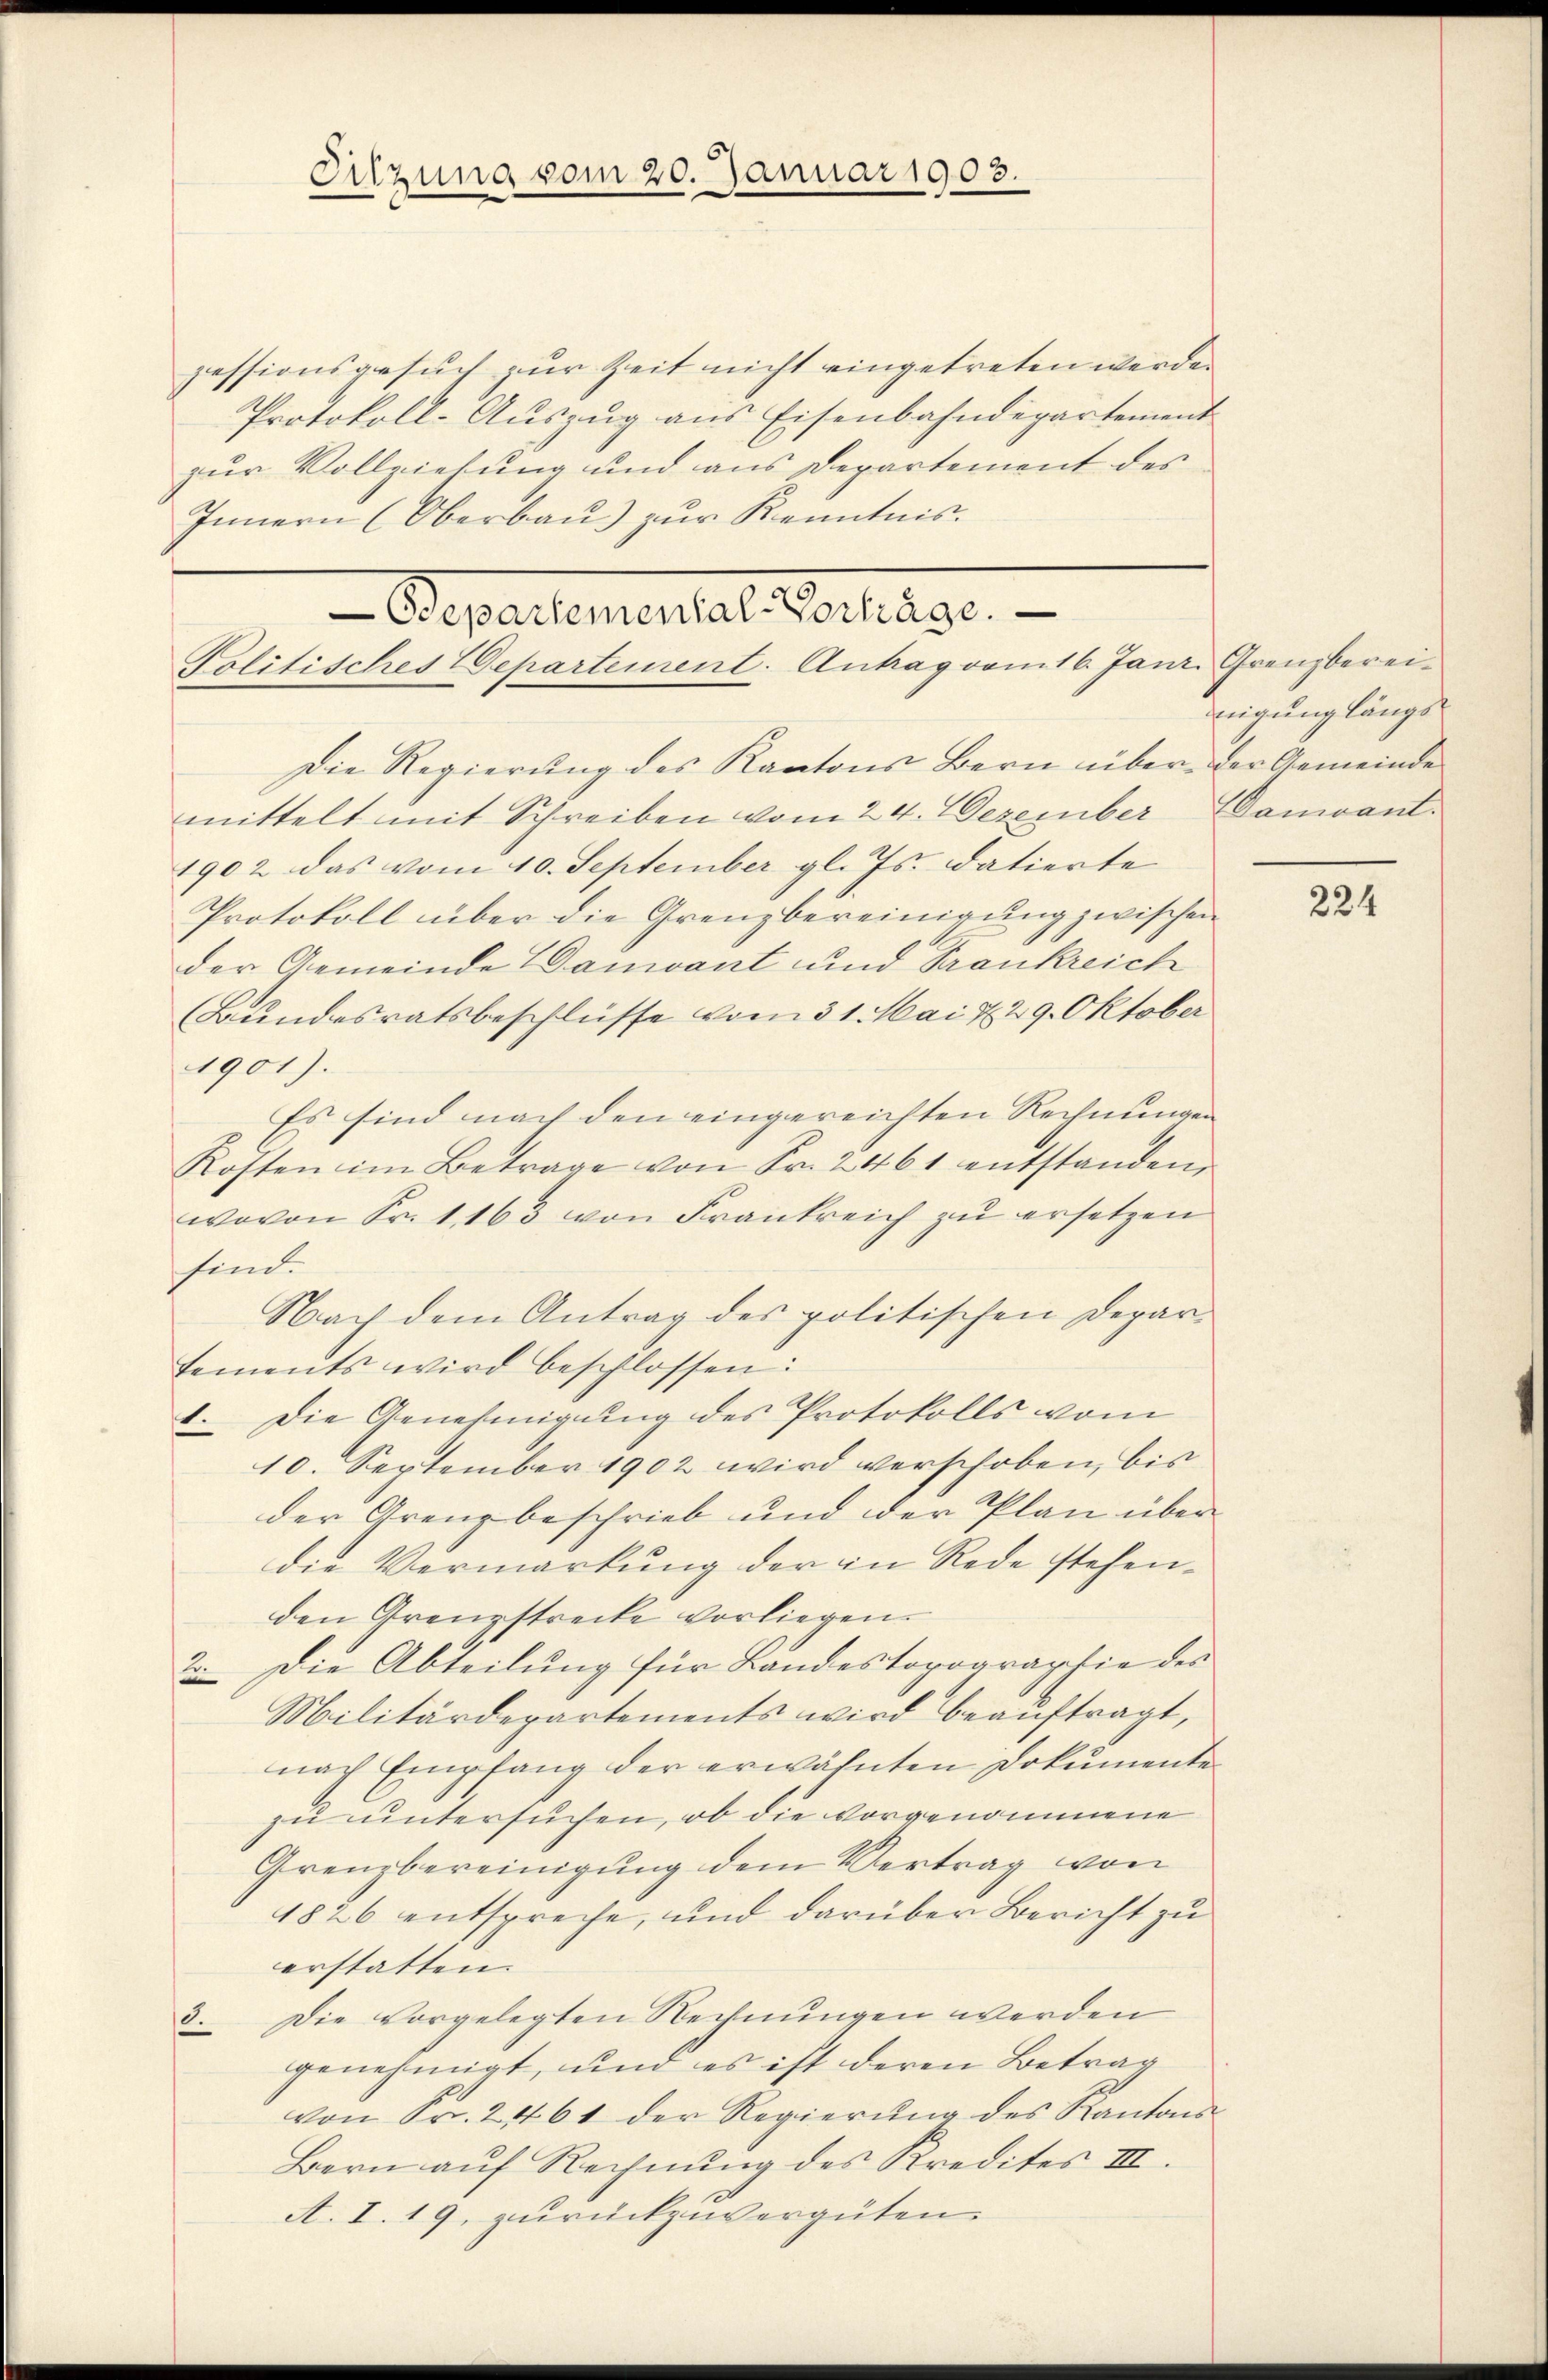
Sitzung vom 20. Januar 1903.

-Departementar Borlage.
Politisches Departement. Antrag vom 16. Janz Grenzberei¬

pessionsgesuch zur Zeit nicht eingetreten werde.
Protokoll-Aŭszŭg ans Eisenbahndepartement
zur Vollziehung und aus Departement des
Innern (Oberbau) zur Kenntnis.
Die Regierung des Kantons Bern über der Gemeinde
mittelt mit Schreiben vom 24. Dezember Danant.
1902 das vom 10. September gl. Js. datierte
Protokoll über die Grenzbereinigung zwischen
der Gemeinde Damiant und Trankreich
Bundesratsbeschlüsse vom 31. Mai & 29. Oktober
1901).
Es sind nach den eingereichten Rechnungen
Kosten im Betrage von Fr. 2461 entstanden
wovon Fr. 1163 von Frankreich zu ersetzen
sind.
Nach dem Antrag des politischen Departements wird beschlossen:
1. Die Genehmigung des Protokolls vom
10. September 1902 wird verschoben, bis
der Grenzbeschrieb und der Plan über
die Vermarkung der in Rede stehenden Grenzstrecke vorliegen.
2. Die Abteilung für Landestopographie der
Militärdepartements wird beauftragt,
nach Empfang der erwähnten Dokumente
zu untersuchen, ob die vorgenommene
Grenzbereinigung dem Vertrag von
1826 entspreche, und darüber Bericht zu
erstatten.
3. Die vorgelegten Rechnungen werden
genehmigt, und es ist deren Betrag
von Fr. 2461 der Regierŭng des Kantons-
Bern auf Rechnung des Kredites III.
A. I. 19, zurückzuvergüten.

migung längs

224